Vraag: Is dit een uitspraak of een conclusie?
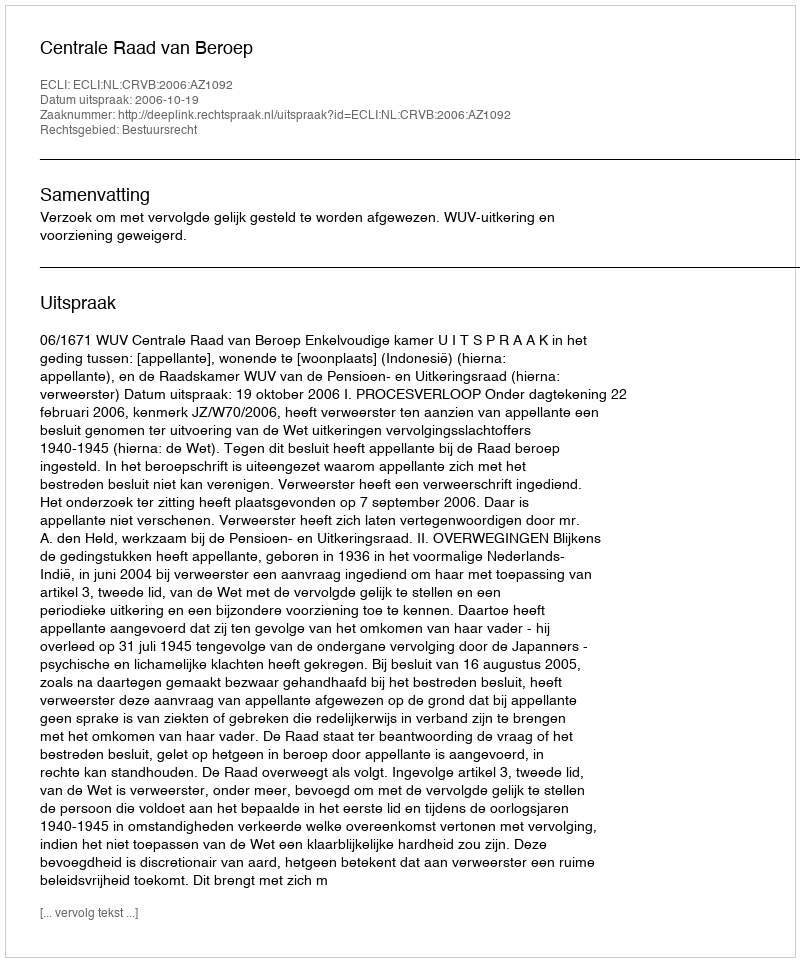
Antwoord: Uitspraak